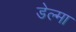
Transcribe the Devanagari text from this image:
डेल्मा